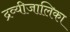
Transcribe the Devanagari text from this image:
द्रव्यीजालिका